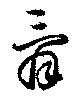
辞